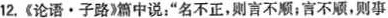
12，《论语·子路》篇中说：”名不正，则言不顺；言不顺，则事